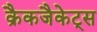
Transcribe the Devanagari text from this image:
क्रैकजैकेट्स